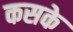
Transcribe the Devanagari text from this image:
कसके